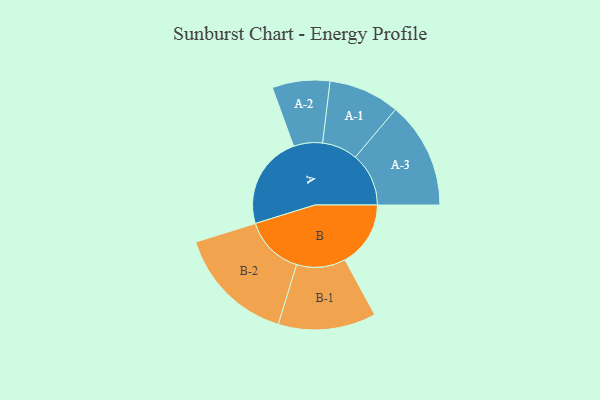
{"axis": {"x": "Segment", "y": "Value"}, "legend": ["", "A", "B"], "data": [{"x": "A", "y": 334, "type": ""}, {"x": "B", "y": 235, "type": ""}, {"x": "A-1", "y": 127, "type": "A"}, {"x": "A-2", "y": 103, "type": "A"}, {"x": "A-3", "y": 191, "type": "A"}, {"x": "B-1", "y": 175, "type": "B"}, {"x": "B-2", "y": 213, "type": "B"}]}